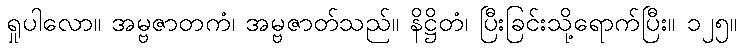
ရှုပါလော။ အမ္ဗဇာတကံ၊ အမ္ဗဇာတ်သည်။ နိဋ္ဌိတံ၊ ပြီးခြင်းသို့ရောက်ပြီး။ ၁၂၅။